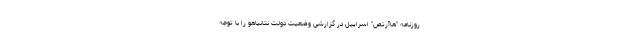
روزنامه "هاآرتص" اسراییل در گزارشی وضعیت دولت نتانیاهو را با توجه